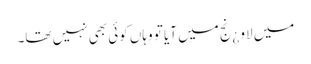
میں لاو ¿نج میں آیا تو وہاں کوئی بھی نہیں تھا۔